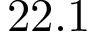
2 2 . 1